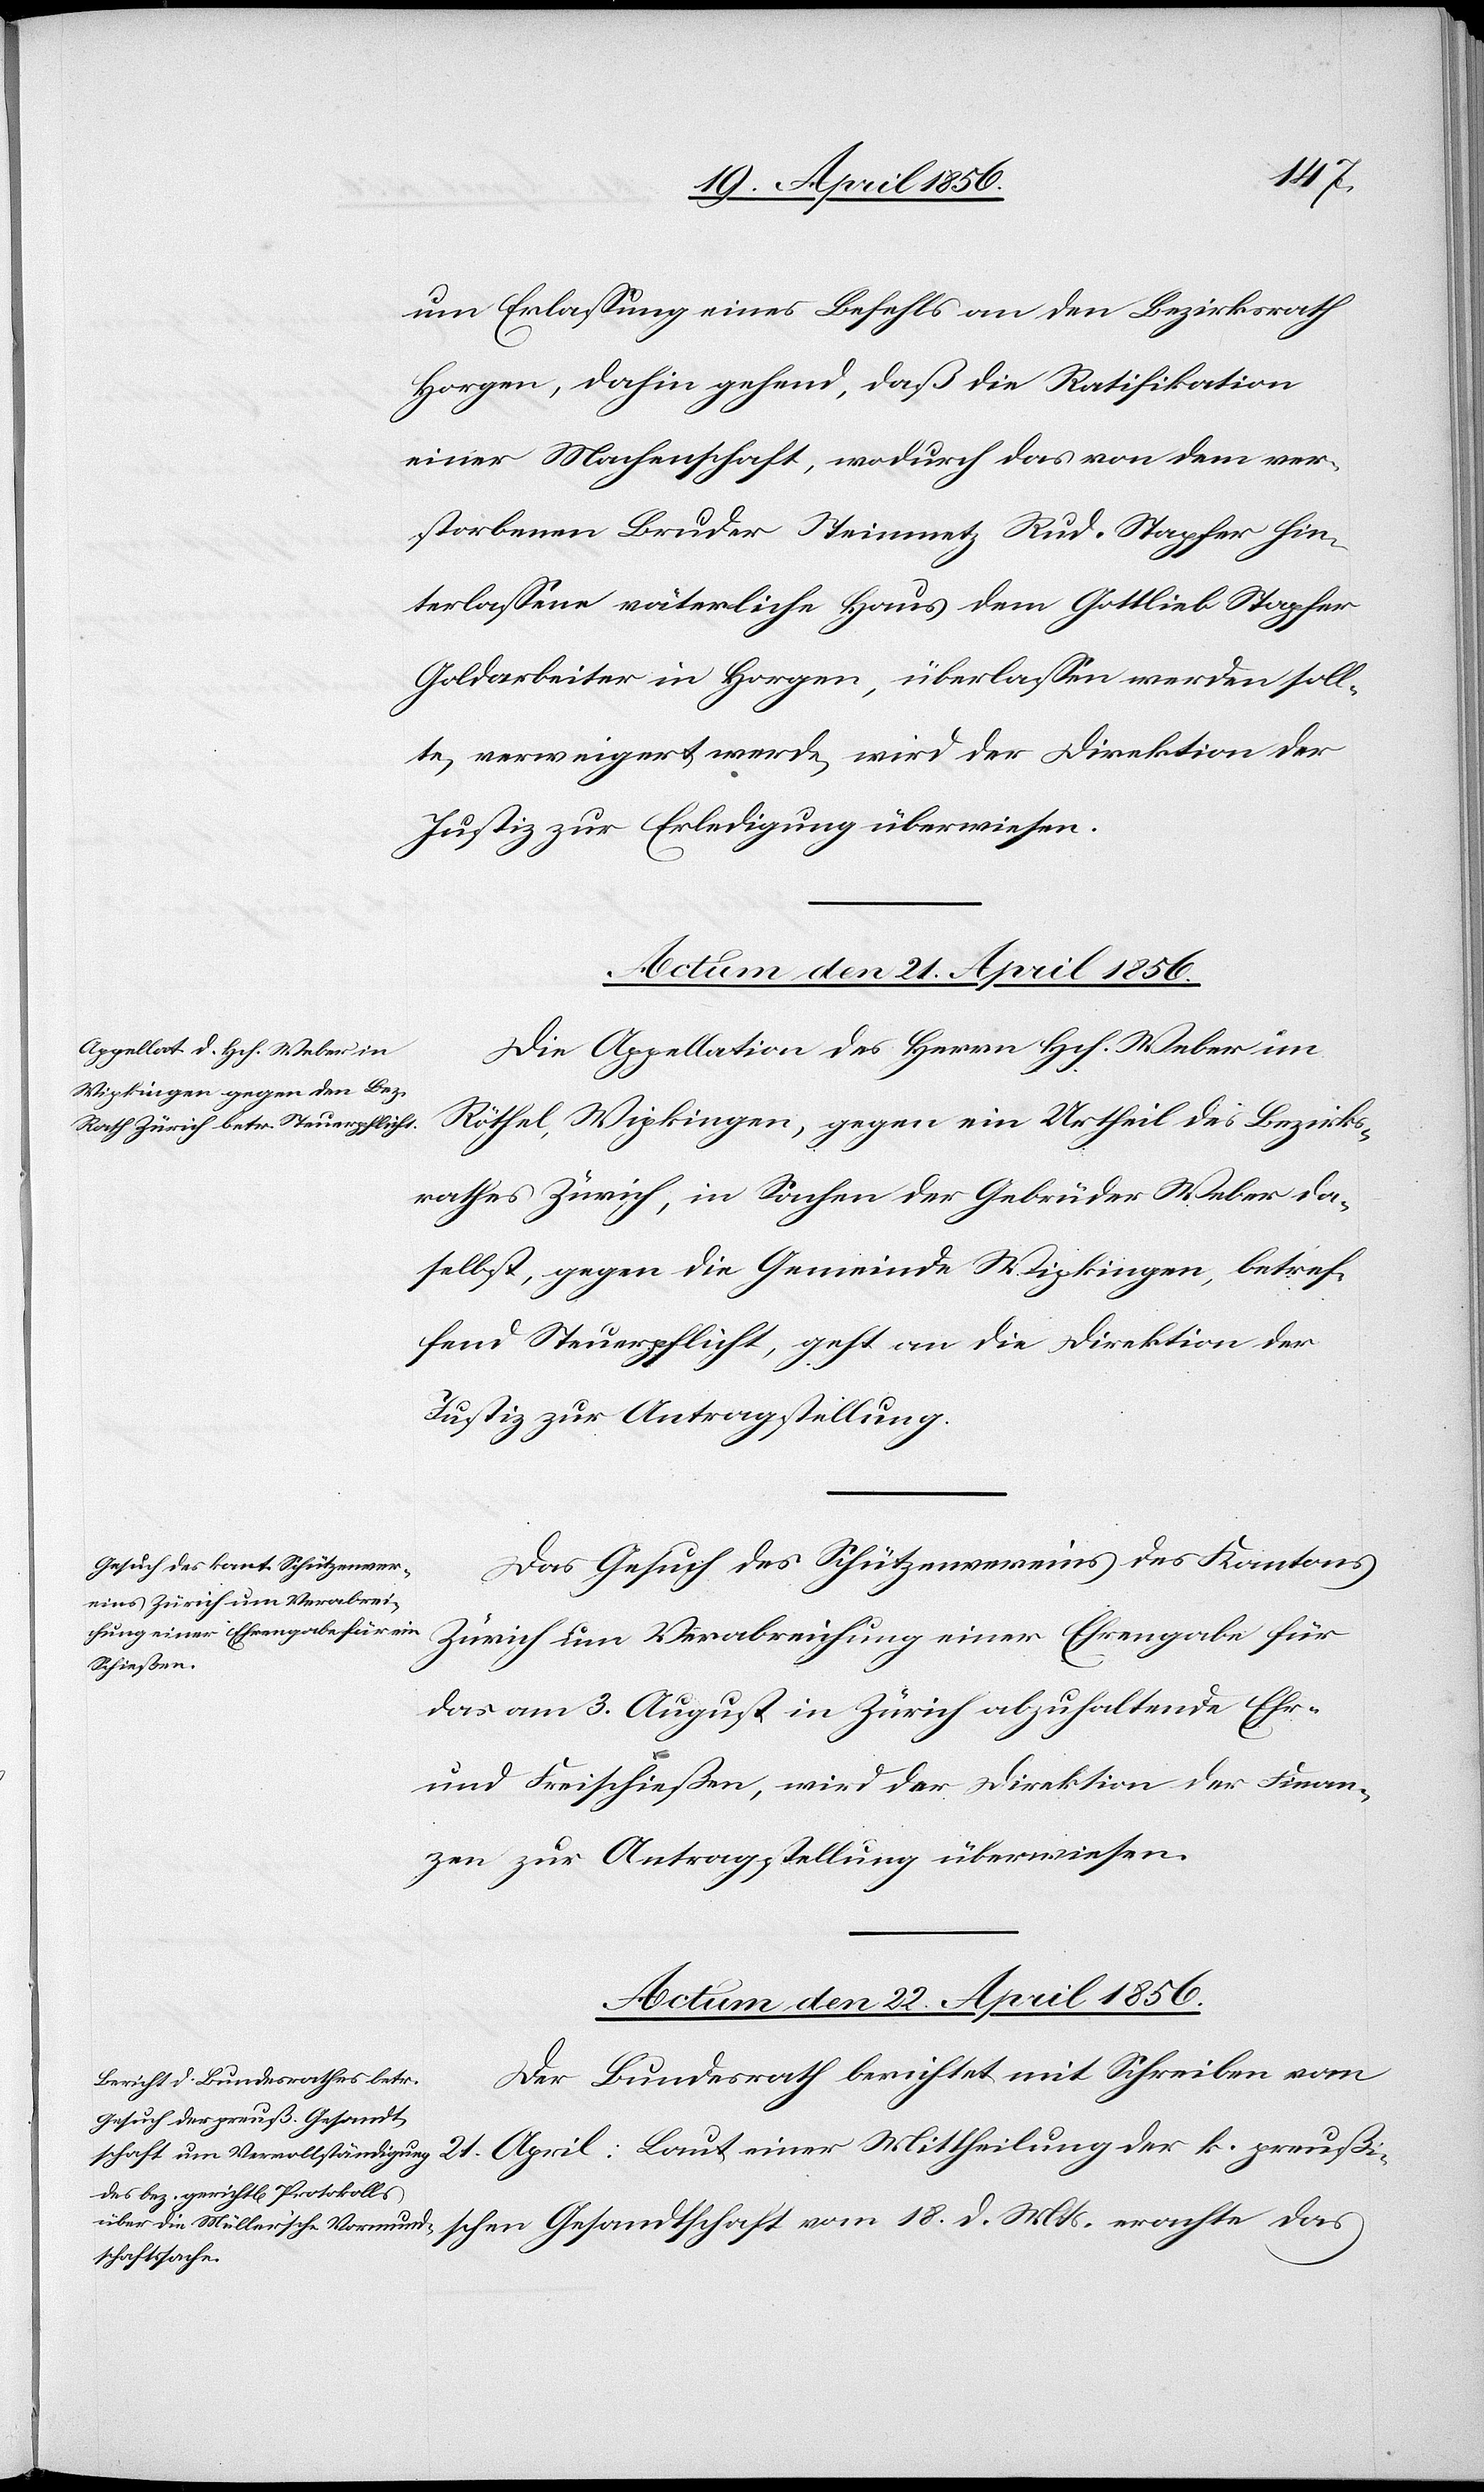
Mts.
um Erlassung eines Befehls an den Bezirksrath
Horgen, dahin gehend, daß die Ratifikation
einer Machenschaft, wodurch das von dem ver¬
storbenen Bruder Steinmetz Rud. Stapfer hin¬
terlassene väterliche Haus dem Gottlieb Stapfer
Goldarbeiter in Horgen, überlassen werden soll¬
te, verweigert werde, wird der Direktion der
Justiz zur Erledigung überwiesen.
Actum den 21. April 1856.
Die Appellation des Herrn Hch. Weber im
Röthel, Wipkingen, gegen ein Urtheil des Bezirks¬
rathes Zürich, in Sachen der Gebrüder Weber da¬
selbst, gegen die Gemeinde Wipkingen, betref¬
fend Steuerpflicht, geht an die Direktion der
Justiz zur Antragstellung.
Das Gesuch des Schützenvereins des Kantons
Zürich um Verabreichung einer Ehrengabe für
das am 3. August in Zürich abzuhaltende Ehr-
und Freischießen, wird der Direktion der Finan¬
zen zur Antragstellung überwiesen.
Actum den 22. April 1856.
Der Bundesrath berichtet mit Schreiben vom